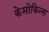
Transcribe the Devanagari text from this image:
केमोकिन्स